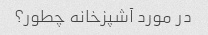
در مورد آشپزخانه چطور؟